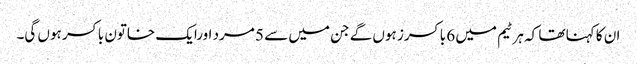
ان کا کہنا تھا کہ ہر ٹیم میں 6 باکسرز ہوں گے جن میں سے 5 مرد اورایک خاتون باکسر ہوں گی۔